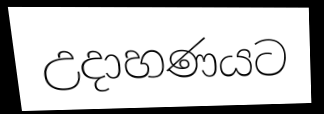
උදාහණයට